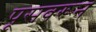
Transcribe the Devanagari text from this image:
पूसवरून